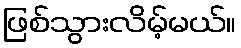
ဖြစ်သွားလိမ့်မယ်။